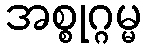
အစ္စုဂ္ဂမ္မ